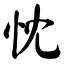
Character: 忱